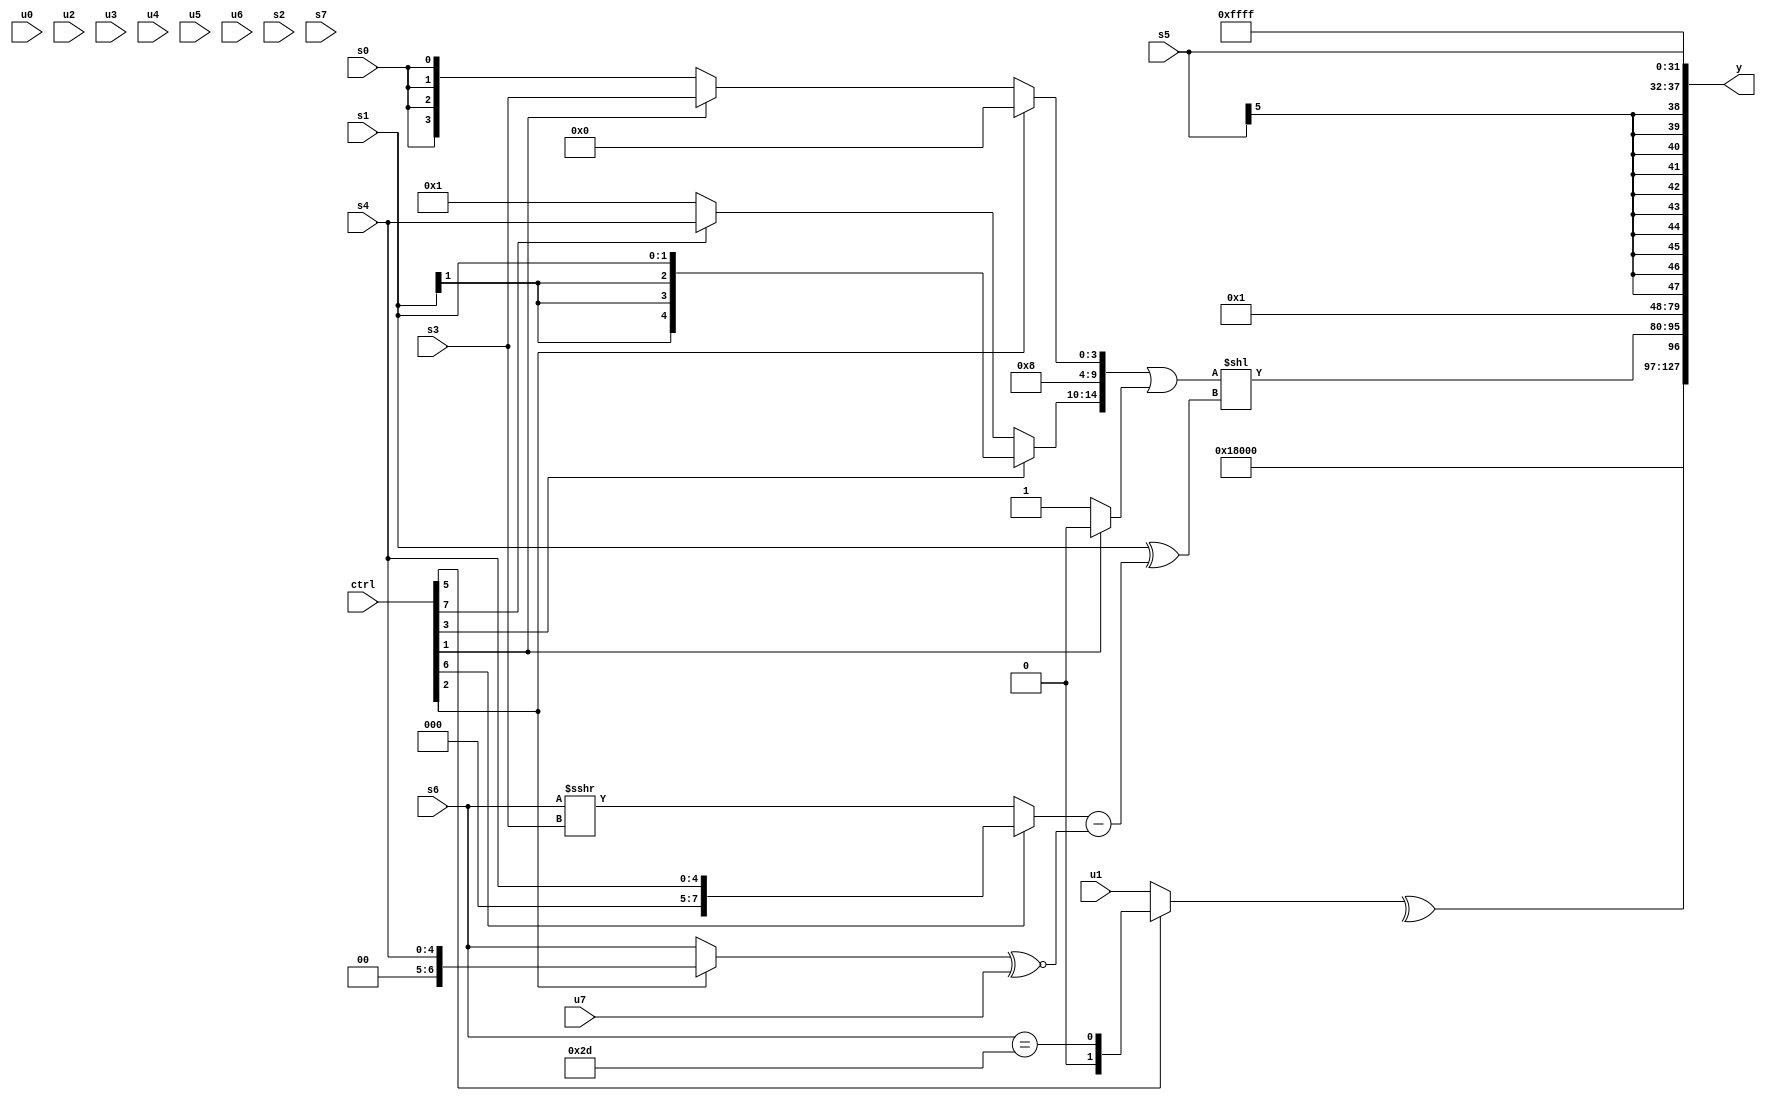
module wideexpr_00842(ctrl, u0, u1, u2, u3, u4, u5, u6, u7, s0, s1, s2, s3, s4, s5, s6, s7, y);
  input [7:0] ctrl;
  input [0:0] u0;
  input [1:0] u1;
  input [2:0] u2;
  input [3:0] u3;
  input [4:0] u4;
  input [5:0] u5;
  input [6:0] u6;
  input [7:0] u7;
  input signed [0:0] s0;
  input signed [1:0] s1;
  input signed [2:0] s2;
  input signed [3:0] s3;
  input signed [4:0] s4;
  input signed [5:0] s5;
  input signed [6:0] s6;
  input signed [7:0] s7;
  output [127:0] y;
  wire [15:0] y0;
  wire [15:0] y1;
  wire [15:0] y2;
  wire [15:0] y3;
  wire [15:0] y4;
  wire [15:0] y5;
  wire [15:0] y6;
  wire [15:0] y7;
  assign y = {y0,y1,y2,y3,y4,y5,y6,y7};
  assign y0 = 3'b011;
  assign y1 = ^((ctrl[5]?$signed({1{(s6)==(6'sb101101)}}):+({$signed(+(u1))})));
  assign y2 = (({(ctrl[3]?s1:(ctrl[7]?s4:2'sb01)),$signed(+(1'sb0)),{1{+(5'sb01000)}},(ctrl[2]?1'sb0:(ctrl[1]?s3:s0))})|($signed(+((ctrl[1]?6'sb000000:1'b1)))))<<((s1)^(((ctrl[6]?s4:(s6)>>>(s3)))-(((ctrl[2]?s4:s6))^~(+(u7)))));
  assign y3 = 1'sb0;
  assign y4 = {4'b0000,2'sb01};
  assign y5 = s5;
  assign y6 = (((ctrl[1]?&(s7):~&(+({2'sb01,6'b011100,1'b1,(u5)>>(s1)}))))<<<(3'sb010))>({1{(((((ctrl[1]?s2:3'sb000))>>($signed(5'sb01011)))^($signed(^(3'b011))))==(-(u0)))<<<({1{5'sb01111}})}});
  assign y7 = 3'sb111;
endmodule